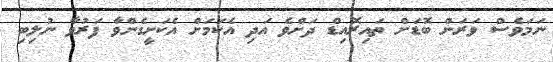
ނަމަވެސް ވަރަށް ބޮޑަށް ތައިރޮއިޑް ދަށްވެ އަދި އެކަމަށް އެކަށީގެންވާ ފަރުވާ ނުލިބި